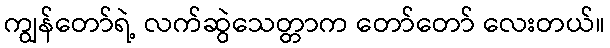
ကျွန်တော်ရဲ့ လက်ဆွဲသေတ္တာက တော်တော် လေးတယ်။